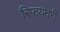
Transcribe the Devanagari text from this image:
रिफयनरी